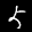
Label: 5